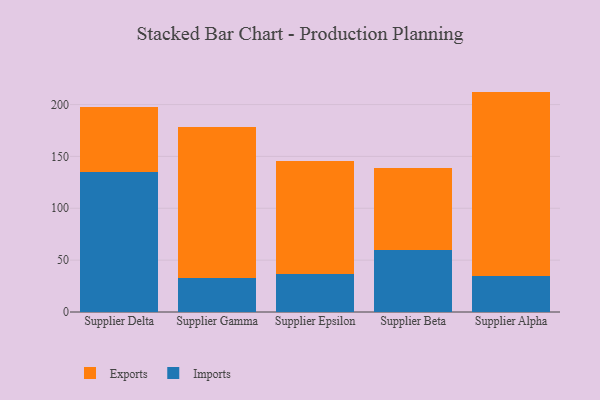
{"axis": {"x": "Supplier", "y": "Website Visitors"}, "legend": ["Exports", "Imports"], "data": [{"x": "Supplier Delta", "y": 135.1, "type": "Imports"}, {"x": "Supplier Delta", "y": 62.2, "type": "Exports"}, {"x": "Supplier Gamma", "y": 32.6, "type": "Imports"}, {"x": "Supplier Gamma", "y": 146.2, "type": "Exports"}, {"x": "Supplier Epsilon", "y": 36.3, "type": "Imports"}, {"x": "Supplier Epsilon", "y": 109.3, "type": "Exports"}, {"x": "Supplier Beta", "y": 59.7, "type": "Imports"}, {"x": "Supplier Beta", "y": 79.3, "type": "Exports"}, {"x": "Supplier Alpha", "y": 34.6, "type": "Imports"}, {"x": "Supplier Alpha", "y": 177.9, "type": "Exports"}]}